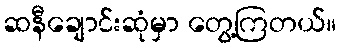
ဆနီချောင်းဆုံမှာ တွေ့ကြတယ်။